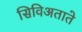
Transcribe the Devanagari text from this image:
सिविअताते